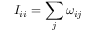
I _ { i i } = \sum _ { j } \omega _ { i j }